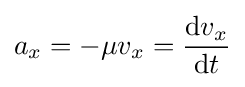
a_{x}=-\mu v_{x}={\frac {\mathrm {d} v_{x}}{\mathrm {d} t}}